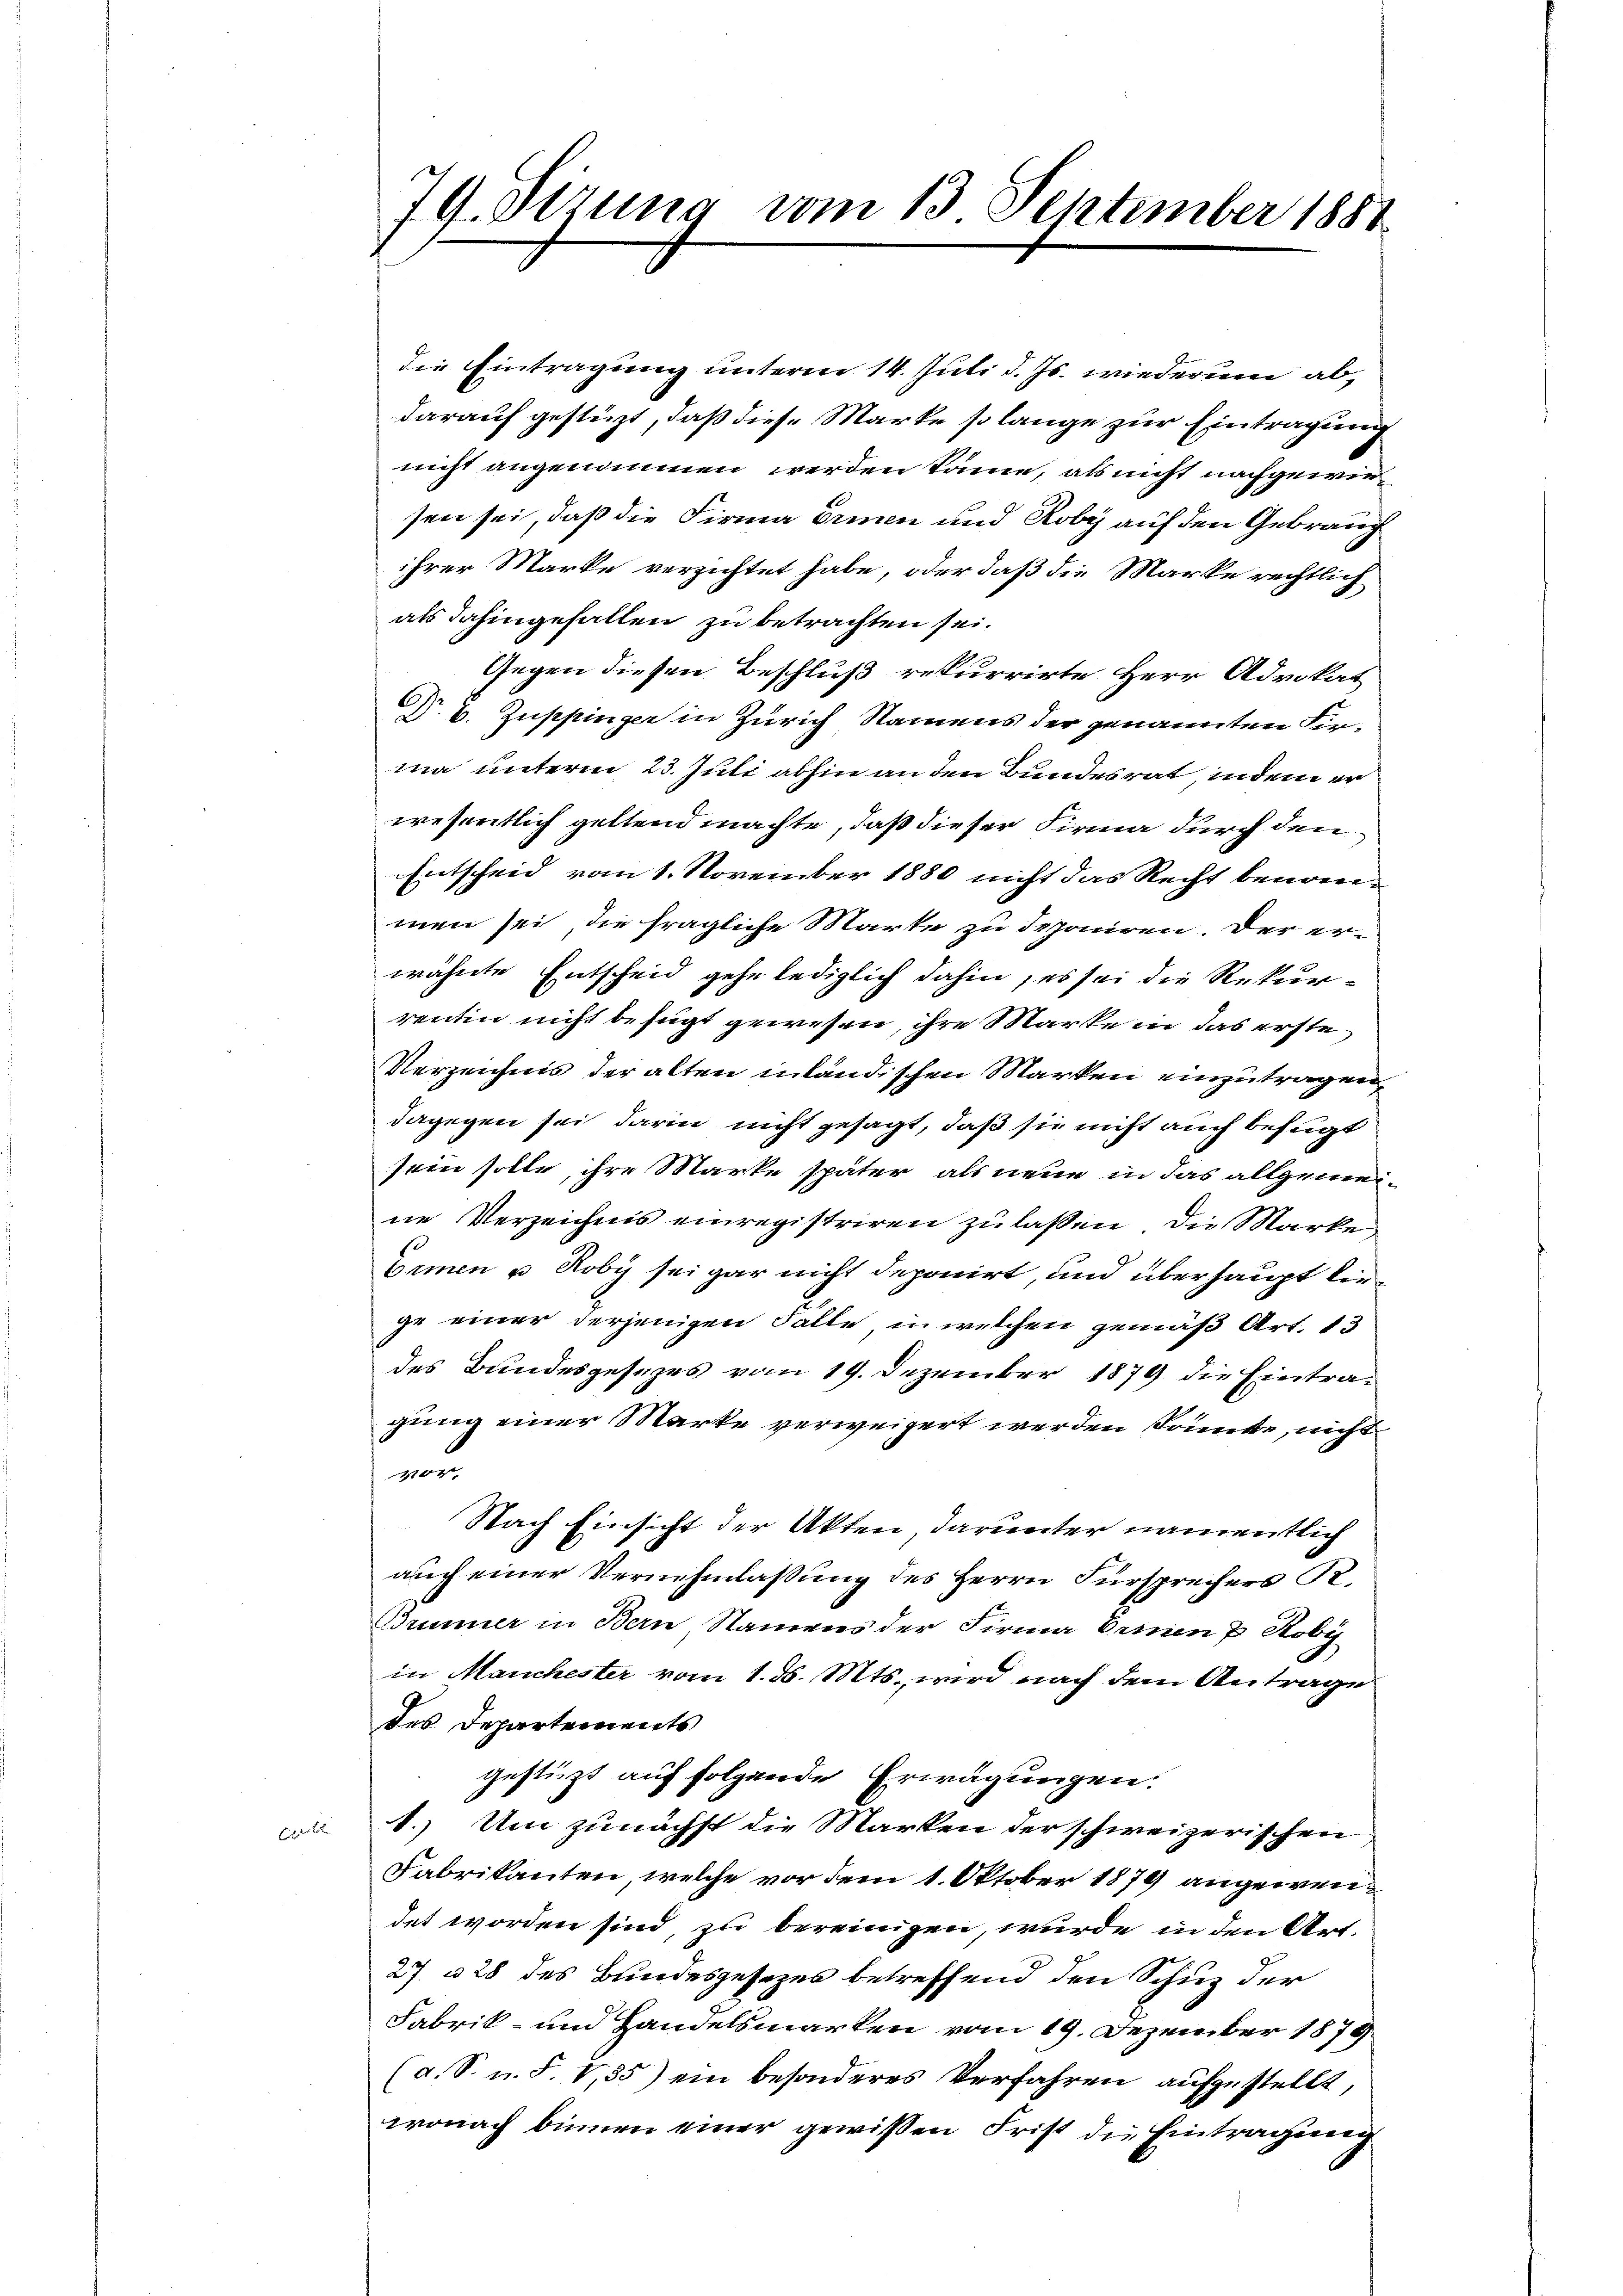
5

79. dirung vom 13 September 1881

die Eintragung unterm 14. Juli d. Js. wiederum ab,
darauf gestüzt, daß diese Marke so lange zur Eintragung
nicht angenommen werden könne, als nicht nachgewiesen sei, daß die Firma Erinnen und Roby auf den Gebrauch
ihrer Marke verzichtet habe, oder daß die Marke rechtlich
als dahingefallen zu betrachten sei.
Gegen diesen Beschluß rekurrirte Herr Advokat
Dr. B. Zuppinger in Zürich Namens der genannten Firma unterm 23. Juli abhin an den Bundesrat indem er
wesentlich geltend machte, daß dieser Firma durch den
Entscheid vom 1. November 1880 nicht das Recht benommen sei, die fragliche Marte zu deponiren. Der erwähnte Entscheid gehe lediglich dahin, es sei die Rekurrentin nicht befugt gewesen, ihre Marke in das erste
Verzeichnis der alten inländischen Marken einzutragen
dagegen sei darin nicht gesagt, daß sie nicht auch befugt
sein solle, ihre Marke später als neue in das allgemei-
ne Verzeichnis einregistriren zu lassen, die Marke
Bamen u. Roby sei gar nicht deponirt, und überhaupt liege einer derjenigen Falle, in welchen gemäß Art. 13
des Bundesgesezes vom 19. Dezember 1879 die Eintragung einer Marke verweigert werden könnte, nicht
nu
Nach Einsicht der Akten, darunter namentlich
auch einer Vernehmlaßung des Herrn Fürsprechers R.
Brunner in Bern Namens der Firma Orinen 7 Koby
in Manchester vom 1. d. Mts., wird nach dem Antrage
des Departements
gestürzt auf folgende Erwägungen.
1.) Um zunächst die Marken der schweizerischen
Fabrikanten, welche vor dem 1. Oktober 1879 angewendet worden sind, zu bereinigen, wurde in den Art.
27. u 28 des Bundesgesezes betreffend den Schuz der
Fabrik- und Handelsmarken vom 19. Dezember 1879
(a. S. n. F. V,35) ein besonderes Verfahren aufgestellt,
wonach binnen einer gewissen Frist die Eintragung